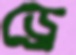
ড্রে